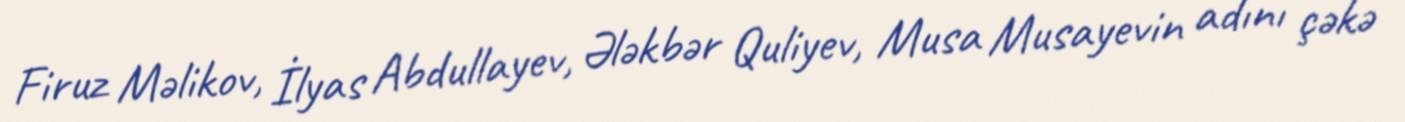
Firuz Məlikov, İlyas Abdullayev, Ələkbər Quliyev, Musa Musayevin adını çəkə